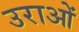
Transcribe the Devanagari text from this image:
उराओं